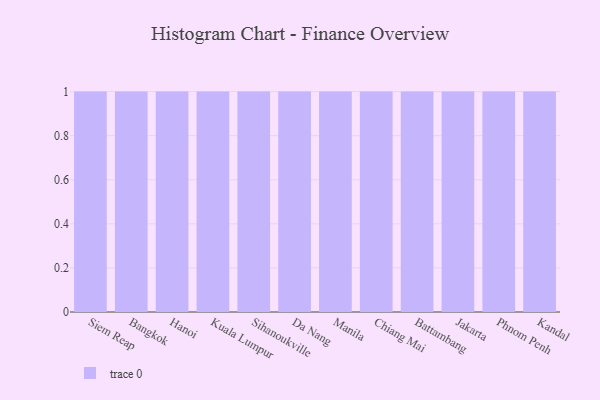
{"axis": {"x": "City", "y": "Energy Usage (MWh)"}, "legend": [""], "data": [{"x": "Siem Reap", "y": 74, "type": ""}, {"x": "Bangkok", "y": 4, "type": ""}, {"x": "Hanoi", "y": 85, "type": ""}, {"x": "Kuala Lumpur", "y": 7, "type": ""}, {"x": "Sihanoukville", "y": 48, "type": ""}, {"x": "Da Nang", "y": 5, "type": ""}, {"x": "Manila", "y": 94, "type": ""}, {"x": "Chiang Mai", "y": 56, "type": ""}, {"x": "Battambang", "y": 89, "type": ""}, {"x": "Jakarta", "y": 29, "type": ""}, {"x": "Phnom Penh", "y": 96, "type": ""}, {"x": "Kandal", "y": 71, "type": ""}]}